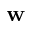
\mathbf { w }